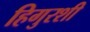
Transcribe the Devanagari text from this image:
हिगुरशी